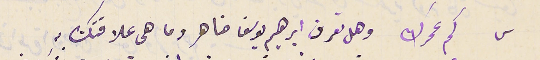
س كم عمرك وهل تعرف ابراهيم يوسف ضاهر وما هى علاقتك بهِ